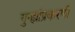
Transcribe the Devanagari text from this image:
गुन्ह्यांप्रकरणी